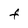
Character: F